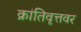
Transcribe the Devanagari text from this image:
क्रांतिवृत्तवर